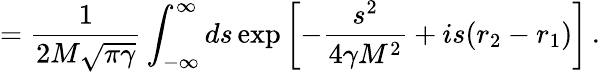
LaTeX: =\frac{1}{2M\sqrt{\pi\gamma}}\int_{-\infty}^{\infty}ds\exp\left[-\frac{s^{2}}{4\gamma M^{2}}+is(r_{2}-r_{1})\right]\, .